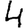
Digit: 4